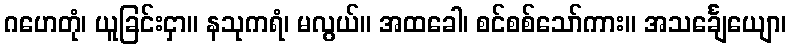
ဂဟေတုံ၊ ယူခြင်းငှာ။ နသုကရံ၊ မလွယ်။ အထခေါ၊ စင်စစ်သော်ကား။ အသင်္ချေယျော၊